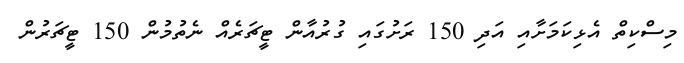
މިސްކިތް އެޅިކަމަށާއި އަދި 150 ރަށުގައި ގުރުއާން ޓީޗަރެއް ނެތުމުން 150 ޓީޗަރުން